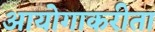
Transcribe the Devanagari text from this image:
आयोगाकरीता